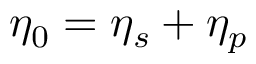
\eta _ { 0 } = \eta _ { s } + \eta _ { p }